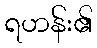
ရဟန်း၏